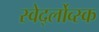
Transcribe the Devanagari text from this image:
स्वेर्द्लोव्स्क